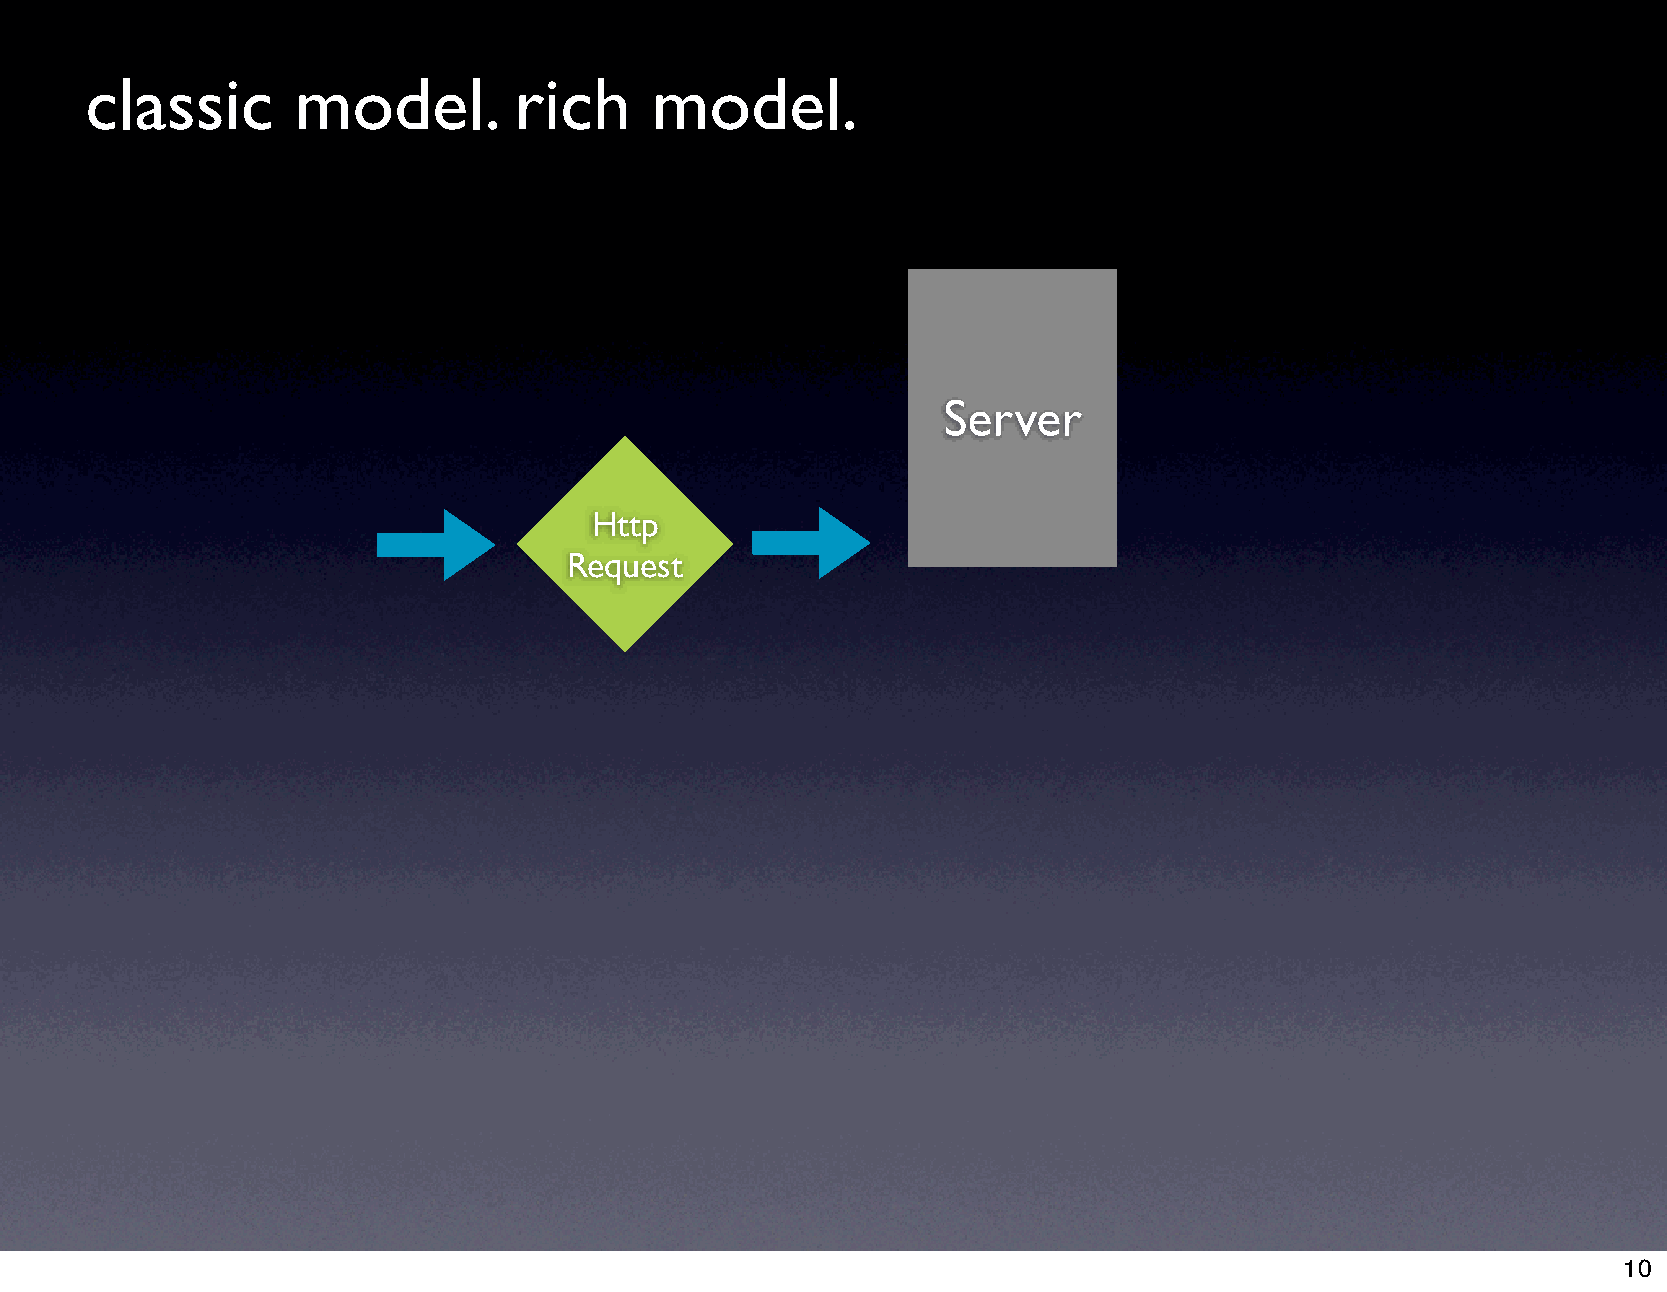
classic       model.        rich     model.
 Server
 Http
 Request
 10